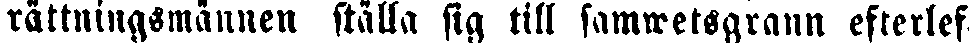
rättningsmännen ställa sig till samvetsgrann efterlef